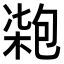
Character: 𠣺